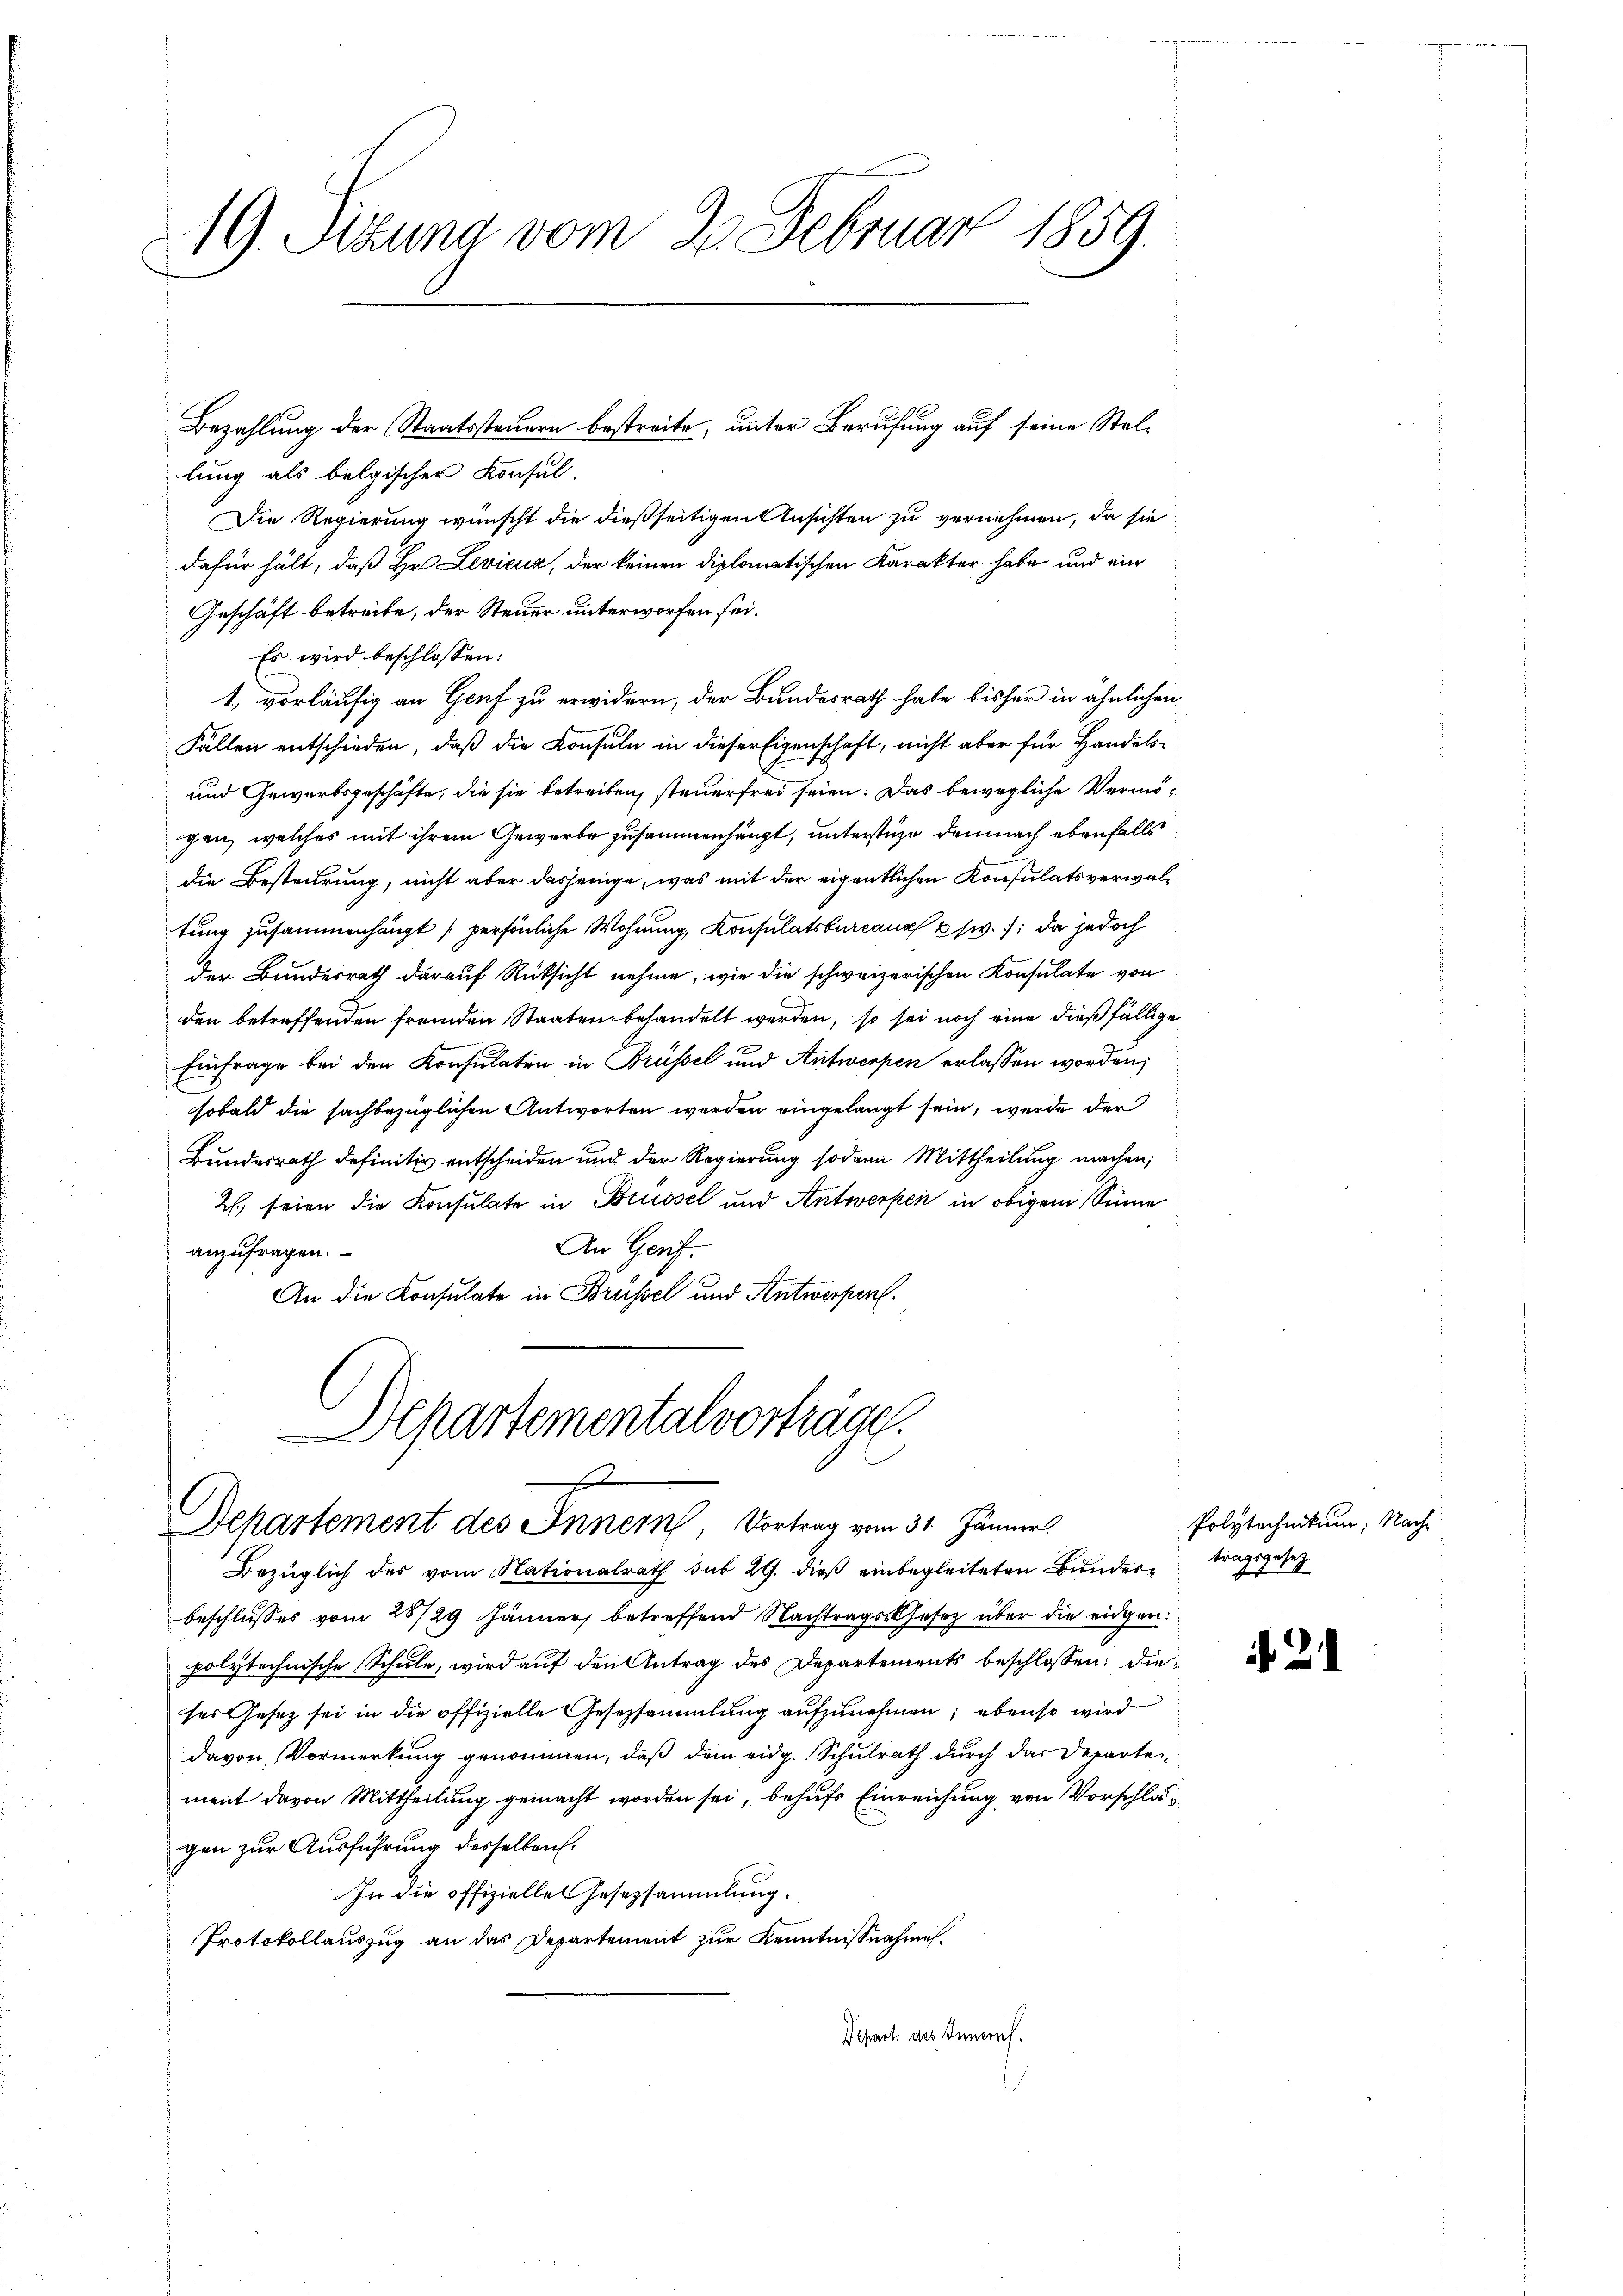
19. Sitzung vom 20. Februar 1859.

Bezahlung der Staatssteuern bestreite, unter Berufung auf seine Stellung als belgischer Konsul-
Die Regierung wünscht die dießseitigen Ansichten zu vernehmen, da sie
dafür hält, daß Hr. Levicuz, der keinen diplomatischen Karakter habe und ein
Geschäft betreibe, der Steuer unterworfen sei.
Es wird beschlossen:
1., vorläufig an Genf zu erwidern, der Bundesrath habe bisher in ähnlichen
Fällen entschieden, daß die Konsuln in dieser Eigenschaft, nicht aber für Handels¬
und Gewerbsgeschäfte, die sie betreiben, steuerfrei seien. Das bewegliche Vermögen, welches mit ihrem Gewerbe zusammenhängt, unterstüze demnach ebenfalls
die Besteurung, nicht aber dasjenige, was mit der eigentlichen Konsulatsverwaltung zusammenhängt persönliche Wohnung, Konsulatsbureaux w.; da jedoch
der Bundesrath darauf Rüksicht nehme, wie die schweizerischen Konsulate von
den betreffenden fremden Staaten behandelt werden, so sei noch eine dießfällige
Einfrage bei den Konsulaten in Brüssel und Antwerpen erlassen worden;
sobald die sachbezüglichen Antworten werden eingelangt sein, werde der
Bundesrath definitiv entscheiden und der Regierung sodann Mittheilung machen;
2) seien die Konsulate in Brüssel und Antwerfen in obigem Sinne
An Genf.
anzufragen.
An die Consulate in Brüssel und Antwerfen.

Dekartementalvorträge.
s
Departement des Innern, Vortrag vom 31. Jänner

Bezüglich des vom Nationalrath sub 29. dieβ einbegleiteten Bunder tragsgesetz
beschlusses vom 28/29. Jänner, betreffend Nachtrags-Gesetz über die eidgen:
polytechnische Schule, wird auf den Antrag des Departements beschlossen: dieses Gesetz sei in die offizielle Gesetzsammlung aufzunehmen; ebenso wird
davon Vormerkung genommen, daß dem eidg. Schulrath durch das Departen
ment davon Mittheilung gemacht worden sei, behufs Einreichung von Vorschlagen zur Ausführung desselben.
In die offizielles Gesezsammlung.
Protokollauszug an das Departement zur Kenntnißnahme.
Depart. des Innern.

Polytechnikum. Nach¬

2